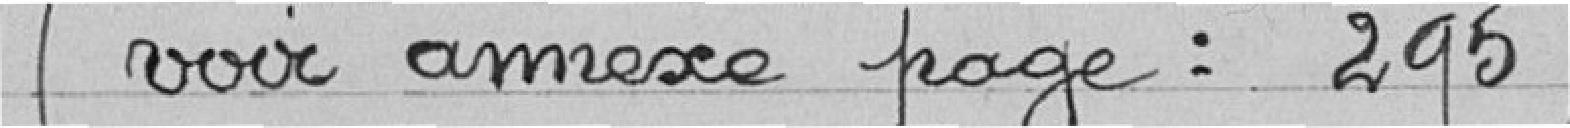
(voir annexe page : 295)